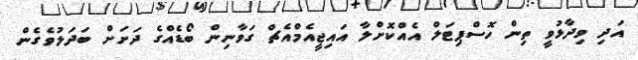
އަދި ވިދާޅުވީ ތިން ހޮސްޕިޓަލް އެއްކޮށްލާ އައިޖީއެމްއެޗް ގަވާނިން ބޯޑެއްގެ ދަށަށް ބަދަލުވެެގެން